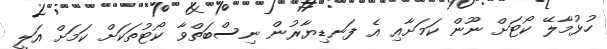
ހުޅުމާލޭ ކޯޓަށް ނޫން ކަމަށާއި އެ ފަނޑިޔާރުން ނިސްބަތްވާ ކޯޓުތަކަށް ކަމަށް އަލީ